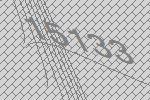
15133